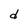
Character: d